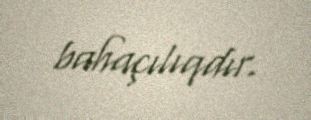
bahaçılıqdır.